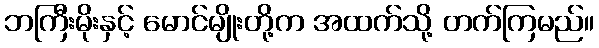
ဘကြီးမိုးနှင့် မောင်မျိုးတို့က အထက်သို့ တက်ကြမည်။